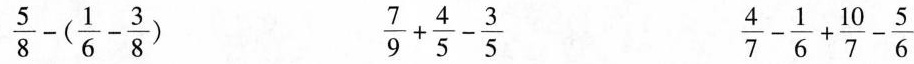
\frac{5}{8}-(\frac{1}{6}- \frac{3}{8}) \frac{7}{9}+ \frac{4}{5}- \frac{3}{5}